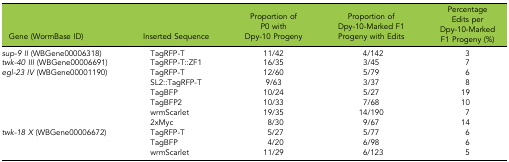
<table><thead><tr><td><b>Gene (WormBase ID)</b></td><td><b>Inserted Sequence</b></td><td><b>Proportion of P0 with Dpy-10 Progeny</b></td><td><b>Proportion of Dpy-10-Marked F1 Progeny with Edits</b></td><td><b>Percentage Edits per Dpy-10-Marked F1 Progeny (%)</b></td></tr></thead><tbody><tr><td><i>sup-9 II</i> (WBGene00006318)</td><td>TagRFP-T</td><td>11/42</td><td>4/142</td><td>3</td></tr><tr><td><i>twk-40 III</i> (WBGene00006691)</td><td>TagRFP-T::ZF1</td><td>16/35</td><td>3/45</td><td>7</td></tr><tr><td rowspan="6"><i>egl-23 IV</i> (WBGene00001190)</td><td>TagRFP-T</td><td>12/60</td><td>5/79</td><td>6</td></tr><tr><td>SL2::TagRFP-T</td><td>9/63</td><td>3/37</td><td>8</td></tr><tr><td>TagBFP</td><td>10/24</td><td>5/27</td><td>19</td></tr><tr><td>TagBFP2</td><td>10/33</td><td>7/68</td><td>10</td></tr><tr><td>wrmScarlet</td><td>19/35</td><td>14/190</td><td>7</td></tr><tr><td>2xMyc</td><td>8/30</td><td>9/67</td><td>14</td></tr><tr><td rowspan="3"><i>twk-18 X</i> (WBGene00006672)</td><td>TagRFP-T</td><td>5/27</td><td>5/77</td><td>6</td></tr><tr><td>TagBFP</td><td>4/20</td><td>6/98</td><td>6</td></tr><tr><td>wrmScarlet</td><td>11/29</td><td>6/123</td><td>5</td></tr></tbody></table>